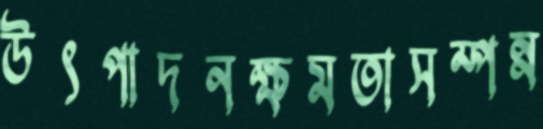
উৎপাদনক্ষমতাসম্পন্ন